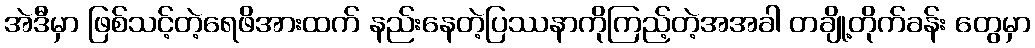
အဲဒီမှာ ဖြစ်သင့်တဲ့ရေဖိအားထက် နည်းနေတဲ့ပြဿနာကိုကြည့်တဲ့အအခါ တချို့တိုက်ခန်း တွေမှာ